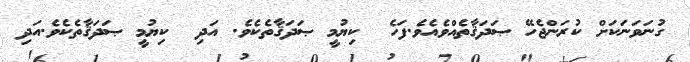
ގުނަވަނަކަށް ކުރަންޖެހޭ ޞަދަޤާތެއްވެއެވެ.ފަހެ  ކިޔުމީ ޞަދަޤާތެެކެވެ. އަދި  ކިޔުމީ ޞަދަޤާތެކެވެ.އަދި